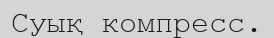
Суық компресс.